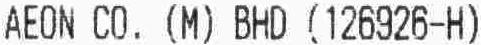
AEON CO. (M) BHD (126926-H)